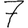
Digit: 7